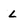
Character: L